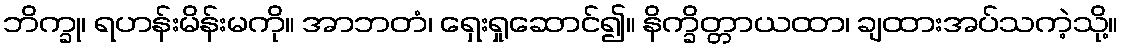
ဘိက္ခု၊ ရဟန်းမိန်းမကို။ အာဘတံ၊ ရှေးရှုဆောင်၍။ နိက္ခိတ္တာယထာ၊ ချထားအပ်သကဲ့သို့။